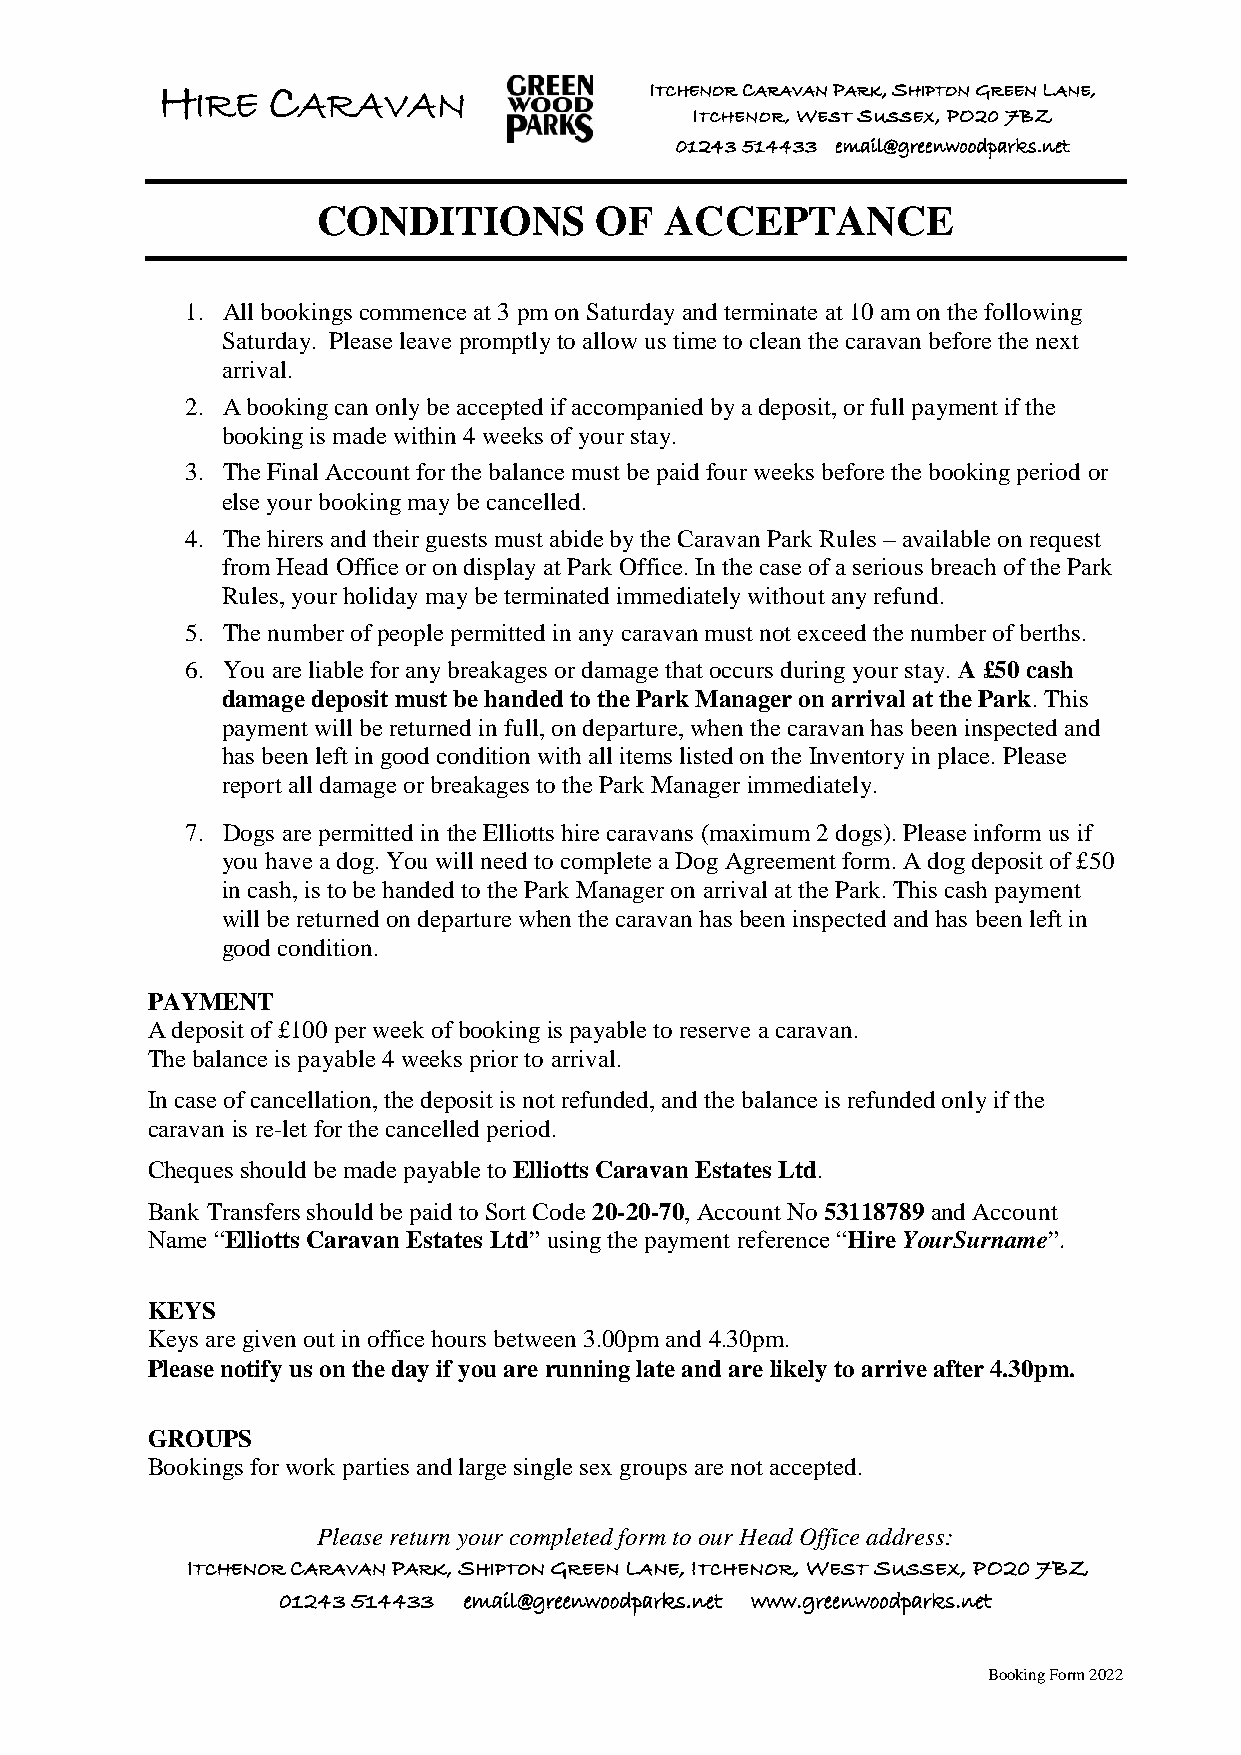
H
 IRE
 C
 ARAVAN
 ITCHENOR CARAVAN PARK, SHIPTON GREEN LANE,
 ITCHENOR, WEST SUSSEX, PO20 7BZ
 01243 514433 email@greenwoodparks.net
 CONDITIONS        OF   ACCEPTANCE
 1. All bookings commence at 3 pm on Saturday and terminate at 10 am on the following
 Saturday. Please leave promptly to allow us time to clean the caravan before the next
 arrival.
 2. A booking can only be accepted if accompanied by a deposit, or full payment if the
 booking is made within 4 weeks of your stay.
 3. The Final Account for the balance must be paid four weeks before the booking period or
 else your booking may be cancelled.
 4. The hirers and their guests must abide by the Caravan Park Rules – available on request
 from Head Office or on display at Park Office. In the case of a serious breach of the Park
 Rules, your holiday may be terminated immediately without any refund.
 5. The number of people permitted in any caravan must not exceed the number of berths.
 6. You are liable for any breakages or damage that occurs during your stay. A £50 cash
 damage deposit must be handed to the Park Manager on arrival at the Park. This
 payment will be returned in full, on departure, when the caravan has been inspected and
 has been left in good condition with all items listed on the Inventory in place. Please
 report all damage or breakages to the Park Manager immediately.
 7. Dogs are permitted in the Elliotts hire caravans (maximum 2 dogs). Please inform us if
 you have a dog. You will need to complete a Dog Agreement form. A dog deposit of £50
 in cash, is to be handed to the Park Manager on arrival at the Park. This cash payment
 will be returned on departure when the caravan has been inspected and has been left in
 good condition.
 PAYMENT
 A deposit of £100 per week of booking is payable to reserve a caravan.
 The balance is payable 4 weeks prior to arrival.
 In case of cancellation, the deposit is not refunded, and the balance is refunded only if the
 caravan is re-let for the cancelled period.
 Cheques should be made payable to Elliotts Caravan Estates Ltd.
 Bank Transfers should be paid to Sort Code 20-20-70, Account No 53118789 and Account
 Name “Elliotts Caravan Estates Ltd” using the payment reference “Hire YourSurname”.
 KEYS
 Keys are given out in office hours between 3.00pm and 4.30pm.
 Please notify us on the day if you are running late and are likely to arrive after 4.30pm.
 GROUPS
 Bookings for work parties and large single sex groups are not accepted.
 Please return your completed form to our Head Office address:
 ITCHENOR CARAVAN PARK, SHIPTON GREEN LANE, ITCHENOR, WEST SUSSEX, PO20 7BZ
 01243 514433 email@greenwoodparks.net www.greenwoodparks.net
 Booking Form 2022